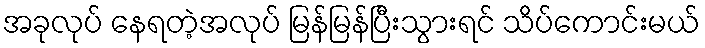
အခုလုပ် နေရတဲ့အလုပ် မြန်မြန်ပြီးသွားရင် သိပ်ကောင်းမယ်